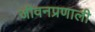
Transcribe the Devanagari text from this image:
जीवनप्रणाली